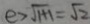
e > \sqrt { 1 + 1 } = \sqrt { 2 }